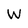
Character: W